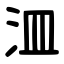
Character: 㳑